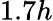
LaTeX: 1.7h